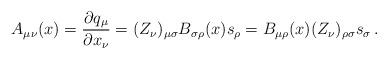
LaTeX: \begin{align*}A_{\mu\nu}(x)=\frac{\partial q_\mu}{\partial x_\nu}=({Z}_\nu)_{\mu\sigma}B_{\sigma\rho}(x)s_\rho=B_{\mu\rho}(x)({Z}_\nu)_{\rho\sigma}s_\sigma\,. \end{align*}